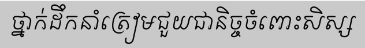
ថ្នាក់ដឹកនាំត្រៀមជួយជានិច្ចចំពោះសិស្ស